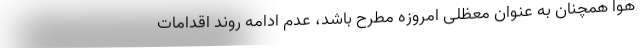
هوا همچنان به عنوان معظلی امروزه مطرح باشد، عدم ادامه روند اقدامات